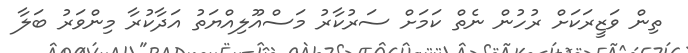
ތިން ވަޒީރަކަށް ރުހުން ނެތް ކަމަށް ސަރުކާރު މަސްއޫލިއްޔަތު އަދާކުރާ މިންވަރު ބަލާ